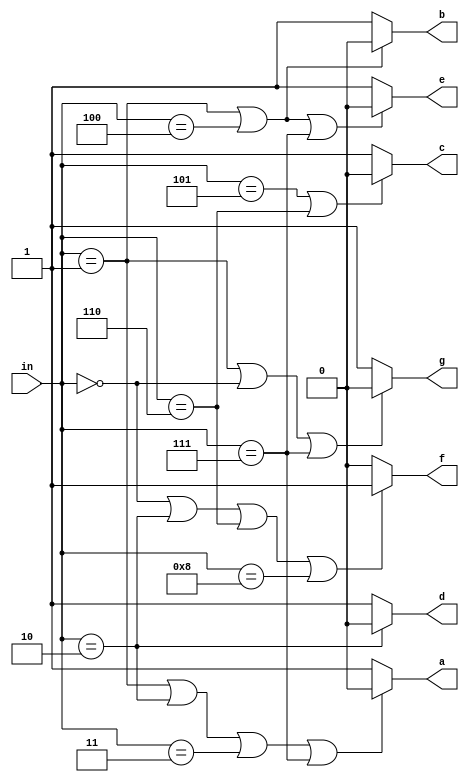
module segment_7_display(in, a, b, c, d, e, f, g);

	input [3:0]in;
	output reg a, b, c, d, e, f, g;

	always @(*)
	begin
		if(in==1 || in==2 || in==3 || in==7)
			a=0;
		else
			a=1;	
			
		if(in==1 || in==4)
			b=0;
		else
			b=1;
			
		if(in==5 || in==6)
			c=0;
		else
			c=1;
			
		if(in==2)
			d=0;
		else
			d=1;
		
		if(in==1 || in==4 || in==7)
			e=0;
		else
			e=1;
		
		if(in==0 || in==2 || in==6 || in==8)
			f=1;
		else
			f=0;
		
		if(in==1 || in==0 || in==7)
			g=0;
		else
			g=1;
	end
endmodule